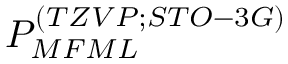
P _ { M F M L } ^ { ( T Z V P ; S T O - 3 G ) }